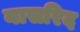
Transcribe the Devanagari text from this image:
नासरिद